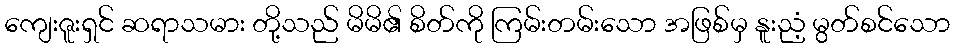
ကျေးဇူးရှင် ဆရာသမား တို့သည် မိမိ၏ စိတ်ကို ကြမ်းတမ်းသော အဖြစ်မှ နူးညံ့ မွတ်စင်သော